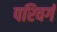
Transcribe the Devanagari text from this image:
परिवर्ग